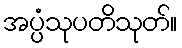
အပ္ပံသုပတိသုတ်။